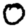
Digit: 0